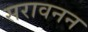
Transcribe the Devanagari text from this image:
सरावनन